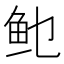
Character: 𲍆